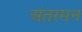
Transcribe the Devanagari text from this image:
अंतरमन